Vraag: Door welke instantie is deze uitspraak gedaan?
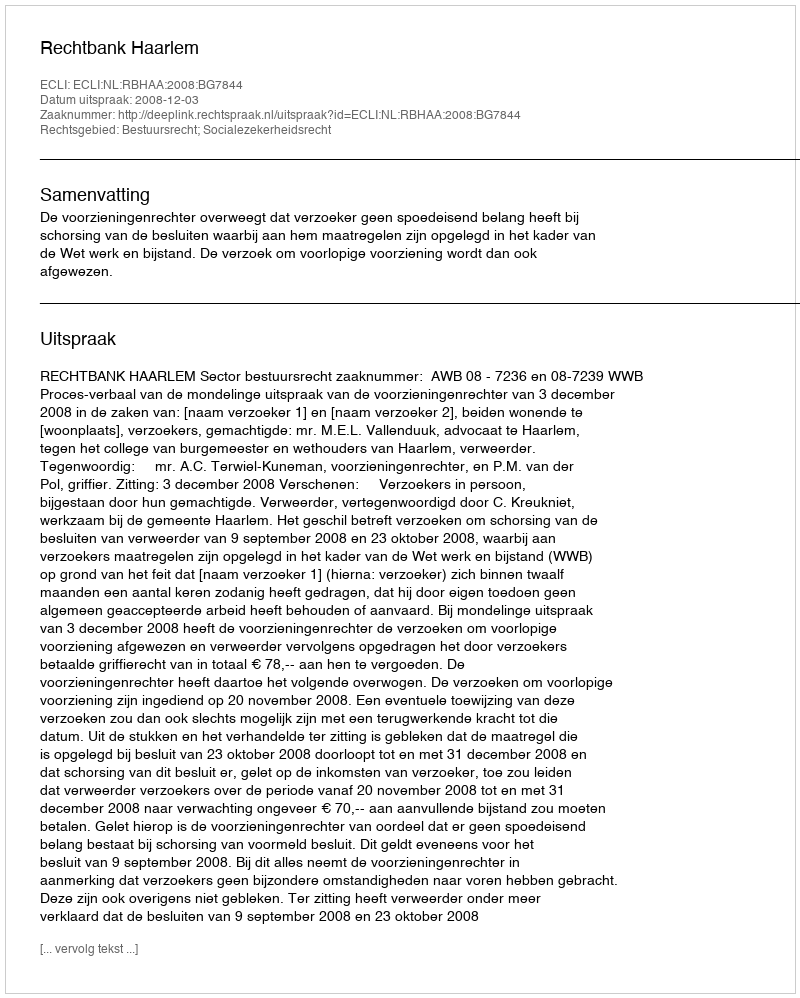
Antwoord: Rechtbank Haarlem